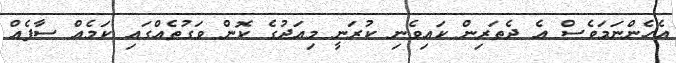
އެހެންނަމަވެސް އެ ދެތަރިން ކައިވެނި ކުރަނީ މިއަދުގެ ކޮން ވަގުތެއްގައި ކަމެއް ސާފެއް